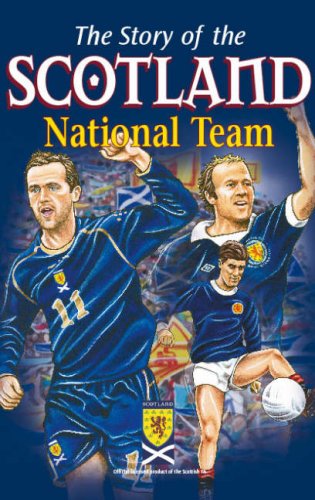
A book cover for The Story of the Scotland National Team; Teen & Young Adult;